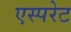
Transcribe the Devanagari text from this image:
एस्परेट